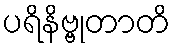
ပရိနိဗ္ဗုတာတိ